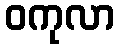
ဝကုလာ